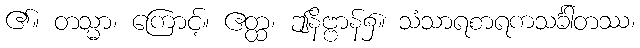
၏။ တသ္မာ၊ ကြောင့်။ ဧတ္ထ၊ ဤနိဗ္ဗာန်၌။ သံသာရစာရကသင်္ခါတဿ၊